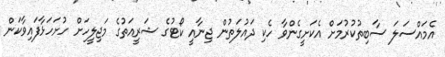
އެމައްސަލަ ސާބިތުކުރުމަށް އެކަށީގެންވާ ހެކި ދައުލަތުން ޖިނާއީ ކޯޓުގެ ޝަރީއަތުގެ މަޖިލީހަށް ހުށަހަޅާފައިވާކަން